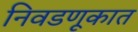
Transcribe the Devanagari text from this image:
निवडणूकात